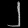
Digit: ၂